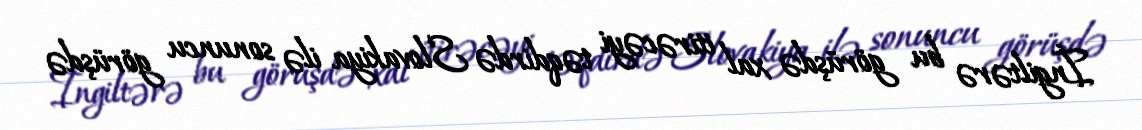
İngiltərə bu görüşdə xal itirəcəyi təqdirdə Slovakiya ilə sonuncu görüşdə